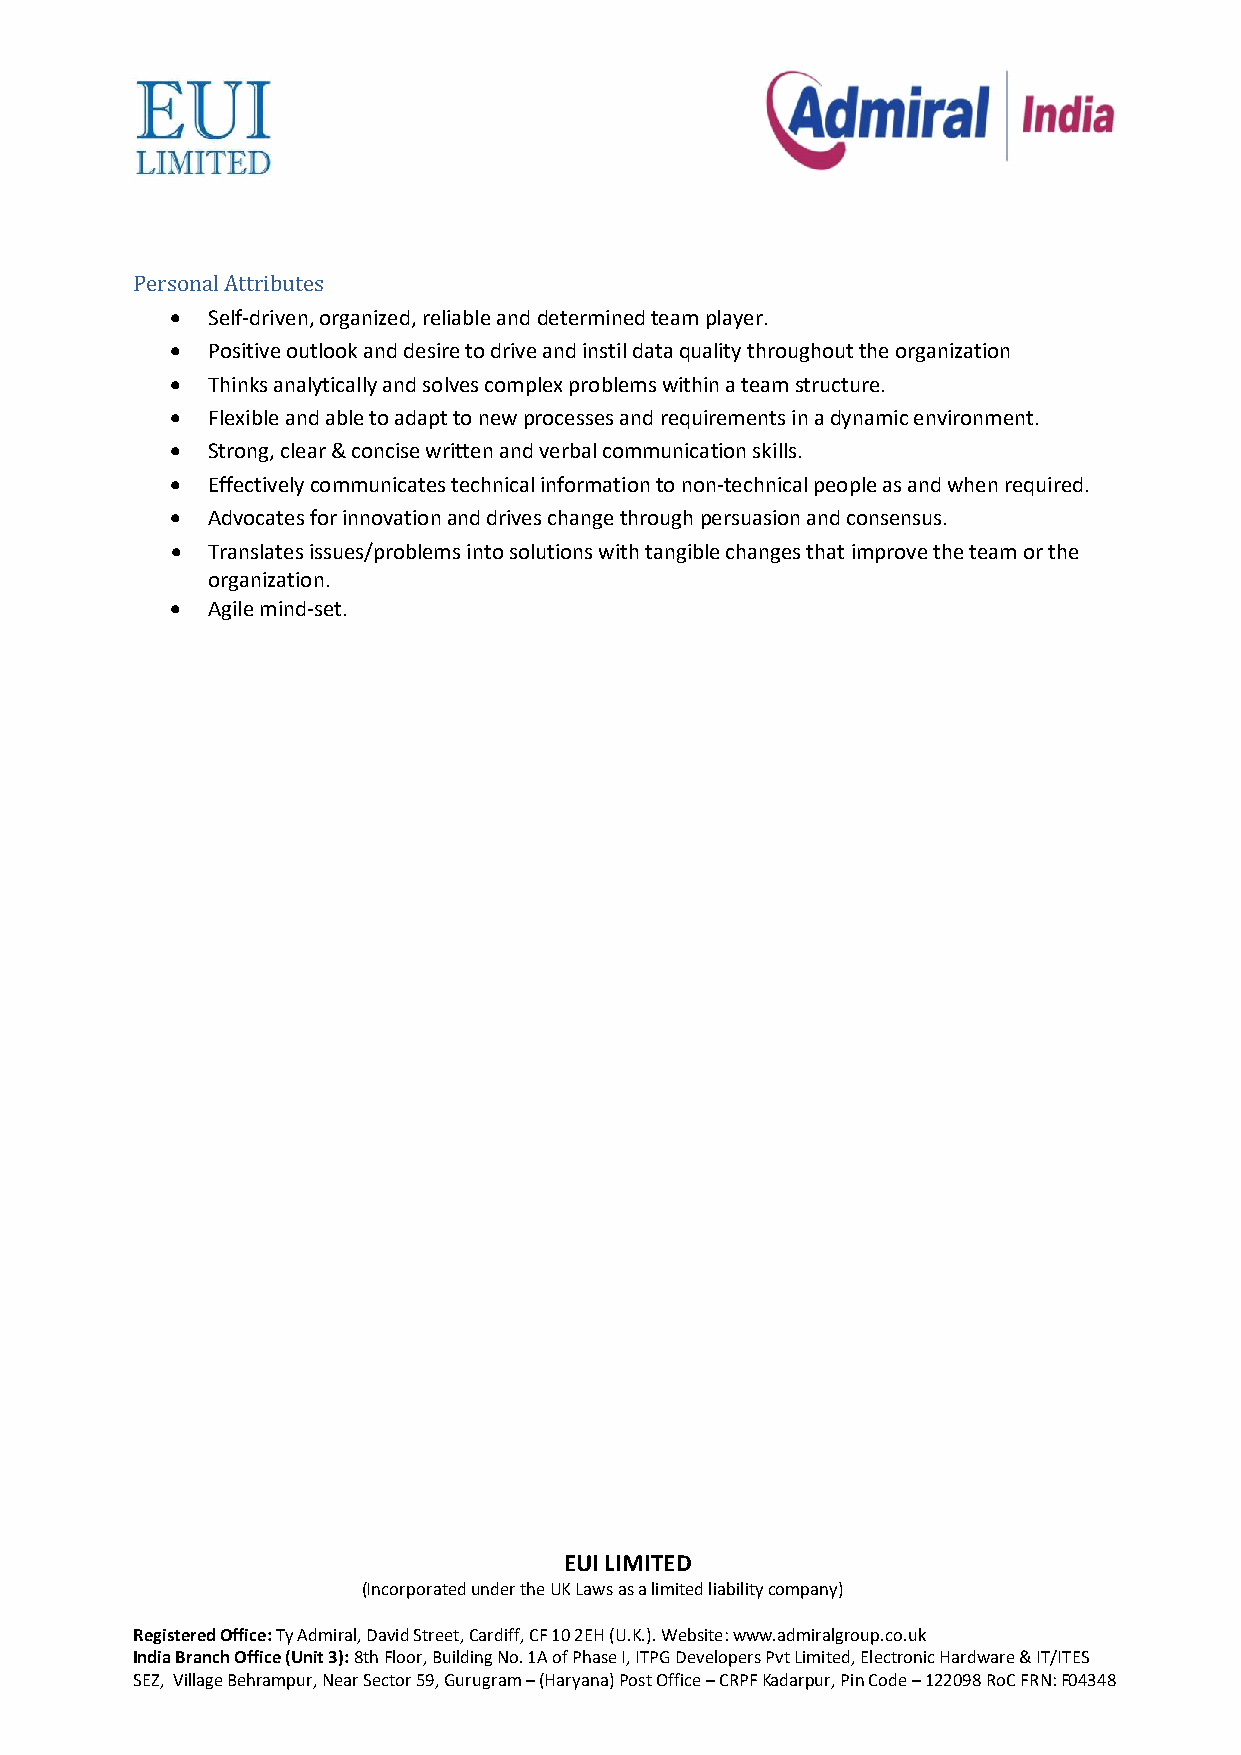
Personal Attributes
 •  Self-driven, organized, reliable and determined team player.
 •  Positive outlook and desire to drive and instil data quality throughout the organization
 •  Thinks analytically and solves complex problems within a team structure.
 •  Flexible and able to adapt to new processes and requirements in a dynamic environment.
 •  Strong, clear & concise written and verbal communication skills.
 •  Effectively communicates technical information to non-technical people as and when required.
 •  Advocates for innovation and drives change through persuasion and consensus.
 •  Translates issues/problems into solutions with tangible changes that improve the team or the
 organization.
 •  Agile mind-set.
 EUI LIMITED
 (Incorporated under the UK Laws as a limited liability company)
 Registered Office: Ty Admiral, David Street, Cardiff, CF 10 2EH (U.K.). Website: www.admiralgroup.co.uk
 India Branch Office (Unit 3): 8th Floor, Building No. 1A of Phase I, ITPG Developers Pvt Limited, Electronic Hardware & IT/ITES
 SEZ, Village Behrampur, Near Sector 59, Gurugram – (Haryana) Post Office – CRPF Kadarpur, Pin Code – 122098 RoC FRN: F04348